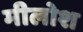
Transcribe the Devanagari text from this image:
मीलोश